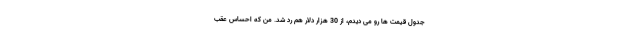
جدول قیمت ها رو می دیدم، از 30 هزار دلار هم رد شد. من که احساس عقب